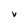
Character: V